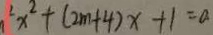
a ^ { 2 } x ^ { 2 } + ( 2 m + 4 ) x + 1 = a